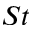
S t